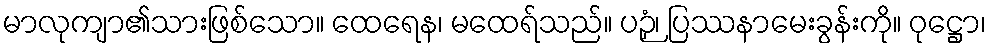
မာလုကျာ၏သားဖြစ်သော။ ထေရေန၊ မထေရ်သည်။ ပဉှံ၊ ပြဿနာမေးခွန်းကို။ ဝုဋ္ဌော၊